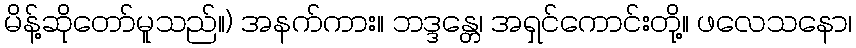
မိန့်ဆိုတော်မူသည်။) အနက်ကား။ ဘဒ္ဒန္တေ၊ အရှင်ကောင်းတို့။ ဖလေသနော၊